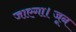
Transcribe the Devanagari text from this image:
जाएगा।जून